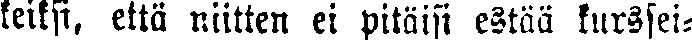
keiksi, että niitten ei pitäisi estää kurssei-